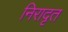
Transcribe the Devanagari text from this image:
निरादृत